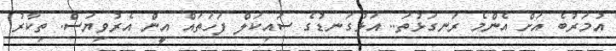
އުމަރުބެ އަށް އެންމެ ރަނގަޅުތަ.. އަޅުގަނޑުގެ ސައިކަލް ފަހަތައް އީން އެރުވިޔަސް. ތިކާރު